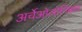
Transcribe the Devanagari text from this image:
अर्चेओलोगिकल